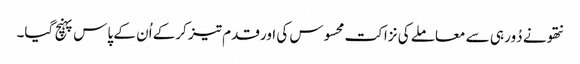
نتھو نے دُور ہی سے معاملے کی نزاکت محسوس کی اور قدم تیز کرکے اُن کے پاس پہنچ گیا۔